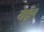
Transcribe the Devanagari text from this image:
येईलः